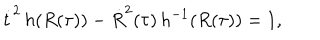
LaTeX: \dot { t } ^ { 2 } \, h ( R ( \tau ) ) - \dot { R } ^ { 2 } ( \tau ) \, h ^ { - 1 } ( R ( \tau ) ) = 1 ,